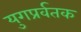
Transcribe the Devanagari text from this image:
युगप्रर्वतक